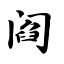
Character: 阎